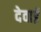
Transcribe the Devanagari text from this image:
देवाई